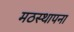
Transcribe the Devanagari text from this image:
मठस्थापना